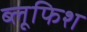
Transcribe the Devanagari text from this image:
ब्लूफिश